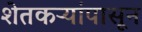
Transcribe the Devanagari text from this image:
शेतकऱ्यांपासून